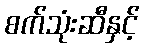
စက်သုံးဆီနှင့်